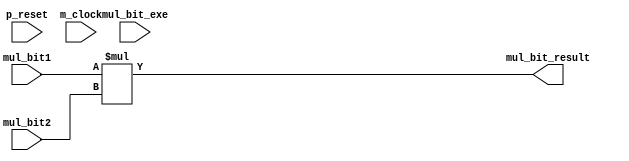

/*Produced by NSL Core(version=20211030), IP ARCH, Inc. Sun Jan  8 23:08:38 2023
 Licensed to :EVALUATION USER*/
/*
 DO NOT USE ANY PART OF THIS FILE FOR COMMERCIAL PRODUCTS. 
*/

module mul_bit ( p_reset , m_clock , mul_bit1 , mul_bit2 , mul_bit_result , mul_bit_exe );
  input p_reset, m_clock;
  wire p_reset, m_clock;
  input [21:0] mul_bit1;
  wire [21:0] mul_bit1;
  input [21:0] mul_bit2;
  wire [21:0] mul_bit2;
  output [24:0] mul_bit_result;
  wire [24:0] mul_bit_result;
  input mul_bit_exe;
  wire mul_bit_exe;

   assign  mul_bit_result = (mul_bit1*mul_bit2);
endmodule

/*Produced by NSL Core(version=20211030), IP ARCH, Inc. Sun Jan  8 23:08:38 2023
 Licensed to :EVALUATION USER*/